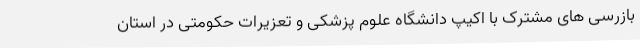
بازرسی های مشترک با اکیپ دانشگاه علوم پزشکی و تعزیرات حکومتی در استان